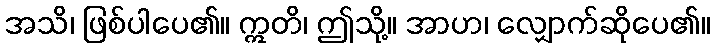
အသိ၊ ဖြစ်ပါပေ၏။ ဣတိ၊ ဤသို့။ အာဟ၊ လျှောက်ဆိုပေ၏။